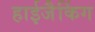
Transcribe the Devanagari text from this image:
हाईजैकिंग